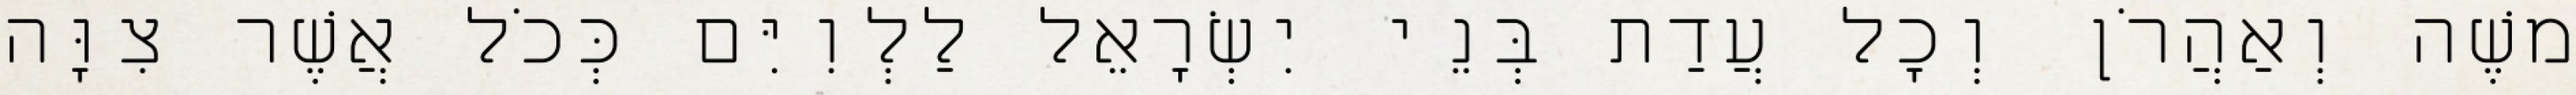
משֶׁה וְאַהֲרֹן וְכָל עֲדַת בְּנֵי יִשְׂרָאֵל לַלְוִיִּם כְּכֹל אֲשֶׁר צִוָּה